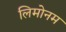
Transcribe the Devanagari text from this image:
लिमोनम